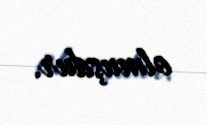
olmuşdur.